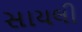
સાયલી